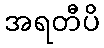
အရတီပိ